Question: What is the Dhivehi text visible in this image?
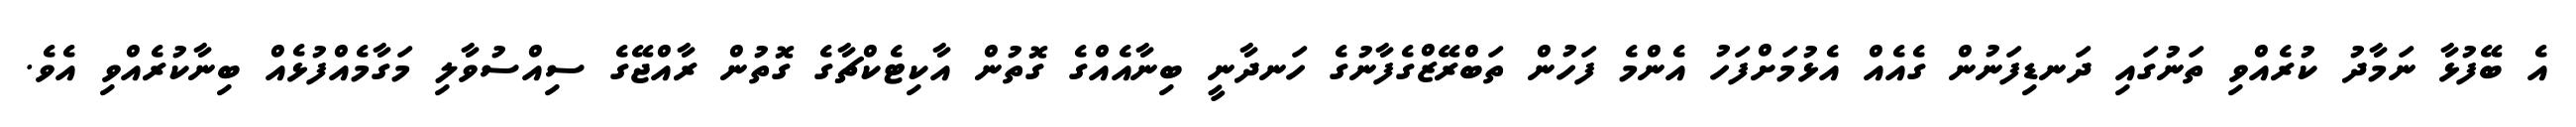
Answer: އެ ބޭފުޅާ ނަމާދު ކުރެއްވި ތަނުގައި ދަނޑިފަނުން ގެއެއް އެޅުމަށްފަހު އެންމެ ފަހުން ތަބްރޭޒްގެފާނުގެ ހަނދާނީ ބިނާއެއްގެ ގޮތުން އާކިޓެކްޗާގެ ގޮތުން ރާއްޖޭގެ ސިއްސުވާލި މަގާމެއްފުޅެއް ބިނާކުރެއްވި އެވެ.